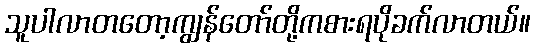
သူပါလာတတော့ကျွန်တော်တို့ကစားရပိုခက်လာတယ်။